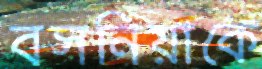
বসনিয়াকে